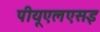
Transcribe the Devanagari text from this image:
पीयूएलएसइ